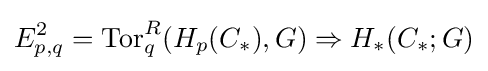
E_{p,q}^{2}=\operatorname {Tor} _{q}^{R}(H_{p}(C_{*}),G)\Rightarrow H_{*}(C_{*};G)